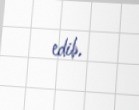
edib.